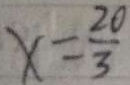
x = \frac { 2 0 } { 3 }